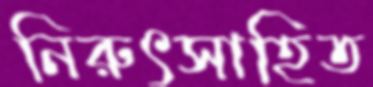
নিরুৎসাহিত